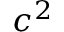
c ^ { 2 }